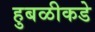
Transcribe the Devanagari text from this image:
हुबळीकडे